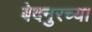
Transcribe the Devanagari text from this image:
बेदनुरच्या